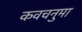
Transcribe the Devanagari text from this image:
कवचनुमा